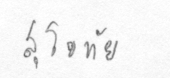
สุโขทัย